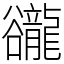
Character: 豅